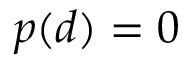
p ( d ) = 0